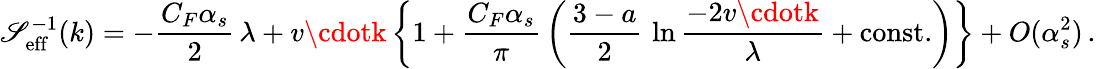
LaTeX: \mathscr{S}_{\mathrm{{eff}}}^{-1}(k)=-{\frac{{C_{F}\alpha_{s}}}{{2}}}\, \lambda+v\cdotk\, \bigg\{ 1+{\frac{{C_{F}\alpha_{s}}}{{\pi}}}\, \bigg({\frac{{3-a}}{{2}}}\, \ln{\frac{{-2v\cdotk}}{{\lambda}}}+\mathrm{{const.}}\bigg)\bigg\} +O(\alpha_{s}^{2})\, .